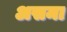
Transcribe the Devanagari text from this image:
असमा